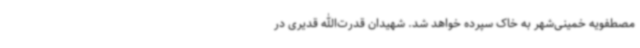
مصطفویه خمینی‌شهر به خاک سپرده خواهد شد. شهیدان قدرت‌الله قدیری در